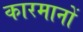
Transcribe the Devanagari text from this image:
कारमानों